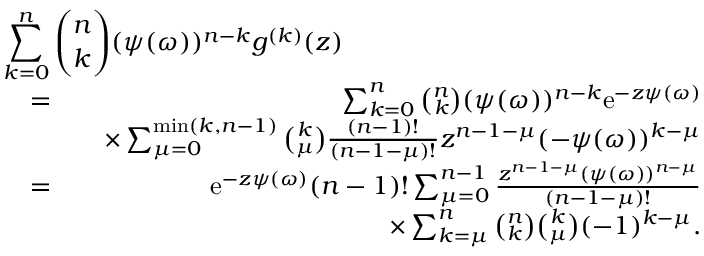
\begin{array} { r l r } { \lefteqn { \sum _ { k = 0 } ^ { n } \binom { n } { k } ( \psi ( \omega ) ) ^ { n - k } g ^ { ( k ) } ( z ) } } \\ & { = } & { \sum _ { k = 0 } ^ { n } \binom { n } { k } ( \psi ( \omega ) ) ^ { n - k } \mathrm e ^ { - z \psi ( \omega ) } } \\ & { } & { \quad \times \sum _ { \mu = 0 } ^ { \operatorname* { m i n } ( k , n - 1 ) } \binom { k } { \mu } \frac { ( n - 1 ) ! } { ( n - 1 - \mu ) ! } z ^ { n - 1 - \mu } ( - \psi ( \omega ) ) ^ { k - \mu } } \\ & { = } & { \mathrm e ^ { - z \psi ( \omega ) } ( n - 1 ) ! \sum _ { \mu = 0 } ^ { n - 1 } \frac { z ^ { n - 1 - \mu } ( \psi ( \omega ) ) ^ { n - \mu } } { ( n - 1 - \mu ) ! } } \\ & { } & { \qquad \qquad \qquad \qquad \qquad \times \sum _ { k = \mu } ^ { n } \binom { n } { k } \binom { k } { \mu } ( - 1 ) ^ { k - \mu } . } \end{array}